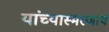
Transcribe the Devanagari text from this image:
यांच्यास्मरणार्थ